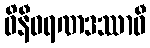
ဝိနီဝရဏဒဿာဝီ